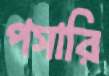
পসারি